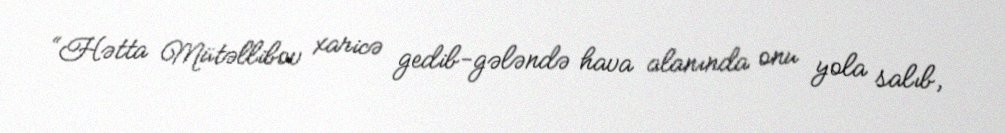
“Hətta Mütəllibov xaricə gedib-gələndə hava alanında onu yola salıb,